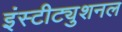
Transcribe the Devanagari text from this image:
इंस्टीट्युशनल